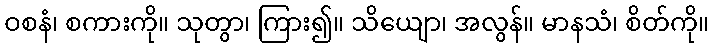
ဝစနံ၊ စကားကို။ သုတွာ၊ ကြား၍။ သိယျော၊ အလွန်။ မာနသံ၊ စိတ်ကို။